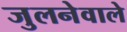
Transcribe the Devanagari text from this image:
जुलनेवाले